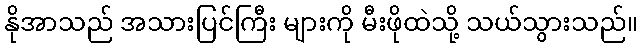
နိုအာသည် အသားပြင်ကြီး များကို မီးဖိုထဲသို့ သယ်သွားသည်။